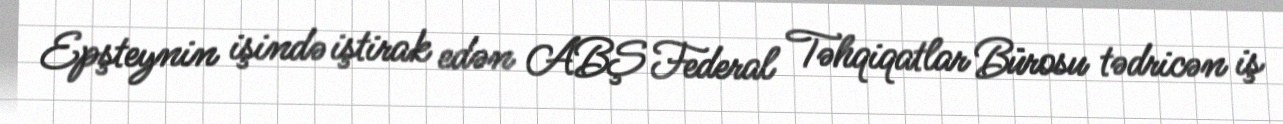
Epşteynin işində iştirak edən ABŞ Federal Təhqiqatlar Bürosu tədricən iş